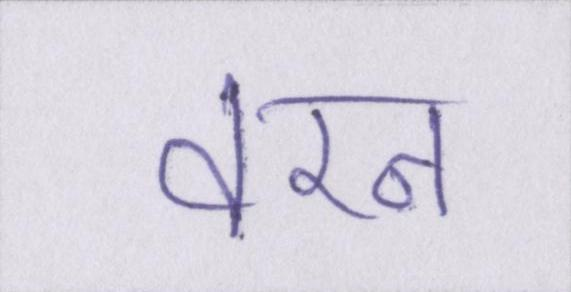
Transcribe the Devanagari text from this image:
वरन